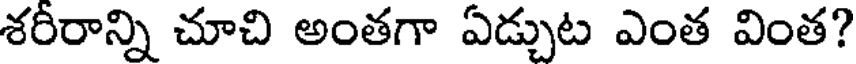
శరీరాన్ని చూచి అంతగా ఏడ్చుట ఎంత వింత?